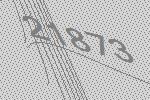
21873